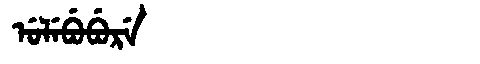
Manchu: ᡠᠯᡝᠪᡠᠪᡠᡵᡝ
Romanization: ULEBUBURE